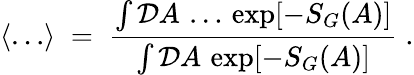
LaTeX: \langle\ldots\rangle\; =\; \frac{\int{\mathcal D}A\, \ldots\, \exp[-S_{G}(A)]}{\int{\mathcal D}A\, \exp[-S_{G}(A)]}\; .